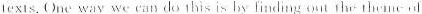
lexIs.One way we can do this is by linding out the thenel of